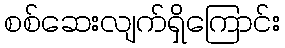
စစ်ဆေးလျက်ရှိကြောင်း